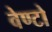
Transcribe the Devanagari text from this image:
वेण्टो